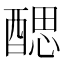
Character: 𨡾